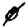
Digit: 4